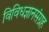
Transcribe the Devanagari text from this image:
विविधज्ञानसंग्रह